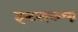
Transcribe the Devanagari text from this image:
इन्टरएकश्ग्न